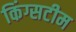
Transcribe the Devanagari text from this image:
किंग्सटीम